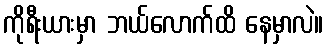
ကိုရီးယားမှာ ဘယ်လောက်ထိ နေမှာလဲ။